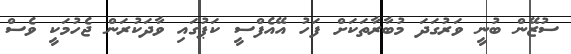
ސުޒޭން ބުނީ ވަރުގަދަ މުބާރާތަކަށް ފަހު އޭއެފްސީ ކަޕުގައި ވާދަކުރަން ޖެހުމަކީ ވެސް